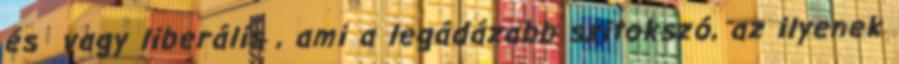
és vagy liberális , ami a legádázabb szitokszó, az ilyenek